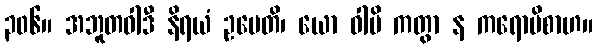
၃၀၆။ အဘူတဝါဒီ နိရယံ ဥပေတိ၊ ယော ဝါပိ ကတွာ န ကရောမိစာဟ။